Regulations for the medical services of the Army of India
Year: 1930
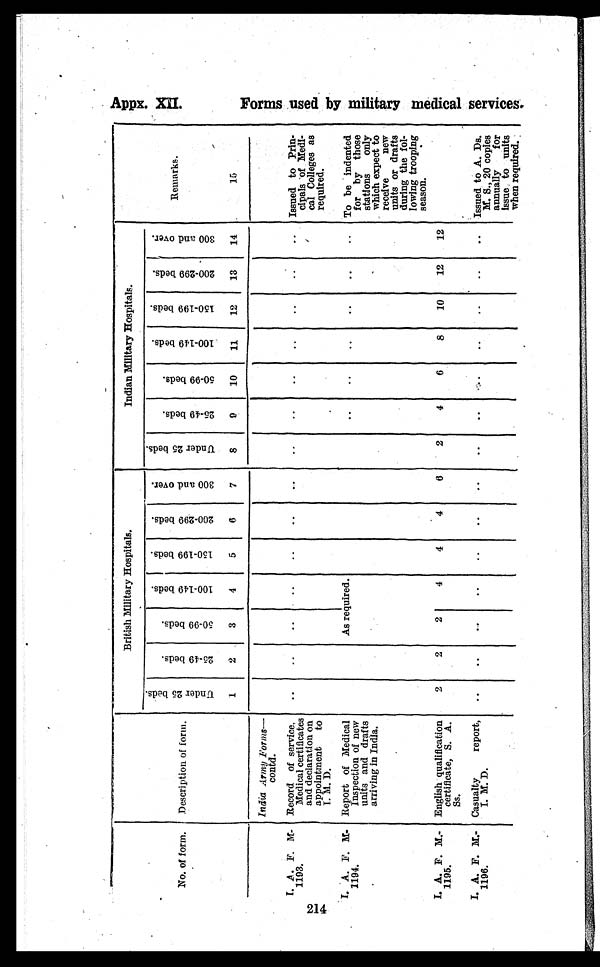
Appx. XII.
214,
No. of form. Description of form.
British Military Hospitals.
Indian Military Hospitals.
Remarks.
15
U n d e r 2 5 b e d s .
1
2 5 - 4 9 b e d s .
2
5 0 - 9 9 b e d s .
3
1 0 0 - 1 4 9 b e d s .
4 1 5 0 - 1 9 9 b e d s .
5
2 0 0 - 2 9 9 b e d s .
6
3 0 0 a n d o v e r .
7
U n d e r 2 5 b e d s .
8
2 5 - 4 9 b e d s .
9 5 0 - 9 9 b e d s .
1 0
1 0 0 - 1 4 9 b e d s .
1 1
1 5 0 - 1 9 9 b e d s .
1 2 2 0 0 - 2 9 9 b e d s .
13
3 0 0 a n d o v e r .
India Army Forms—
contd.
I. A. F. M-
1193.
Record of service,
Medical certificates
and declaration on
appointment to
I. M. D.
..
..
..
. . . .
. .
. .
. .
. . ..
..
..
..
. . Issued to Prin-
cipals of Medi
cal Colleges as
required.
I. A. F. M-
1194.
Report of Medical
Inspection of new
units and drafts
arriving in India.
As required
..
..
..
. . ..
.. To be indented
for by those
stations only
which expect to
receive
new
units or drafts
during the fol
lowing trooping
season.
I. A. F. M.-
1195.
English qualification
certificate, S. A.
Ss.
2
2
2
4
4
4
6
2
4
6
8
10
12
12
I. A. F. M.-
1196.
Casualty
report,
I. M. D.
..
..
. .
. . ..
. .
..
..
. . . .
. .
..
..
.. Issued to A. Ds.
M. S., 20 copies
annually for
issue to units
when required.
F o r m s u s e d b y m i l i t a r y m e d i c a l s e r v i c e s .